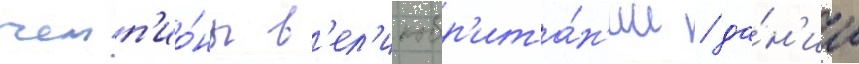
чемп'ио́ны в'ел'икобр'ита́н'ии / да́н'ии